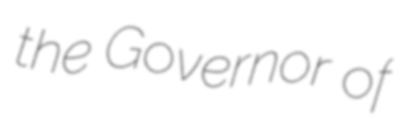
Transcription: the Governor of